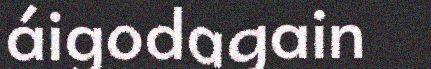
áigodagain